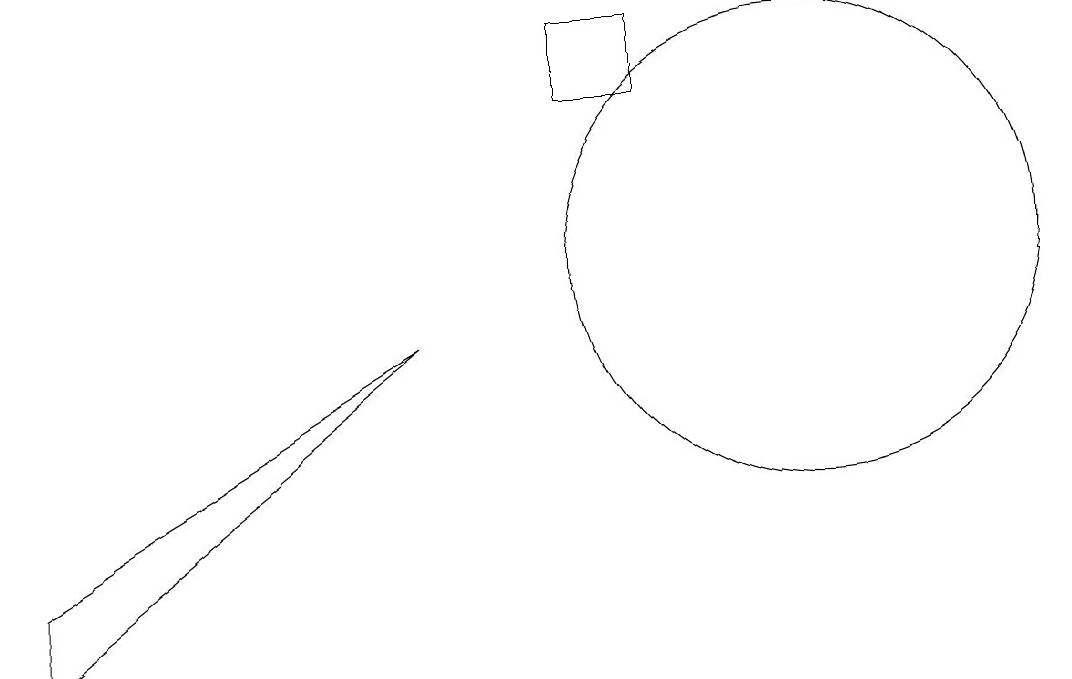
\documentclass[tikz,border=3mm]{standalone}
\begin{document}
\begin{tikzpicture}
\draw (8,13) rectangle (7,12);
\draw (10,10) circle (3);
\draw (0,6) -- (5,9) -- (0,5) -- cycle;
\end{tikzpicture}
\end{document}